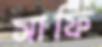
সাফি